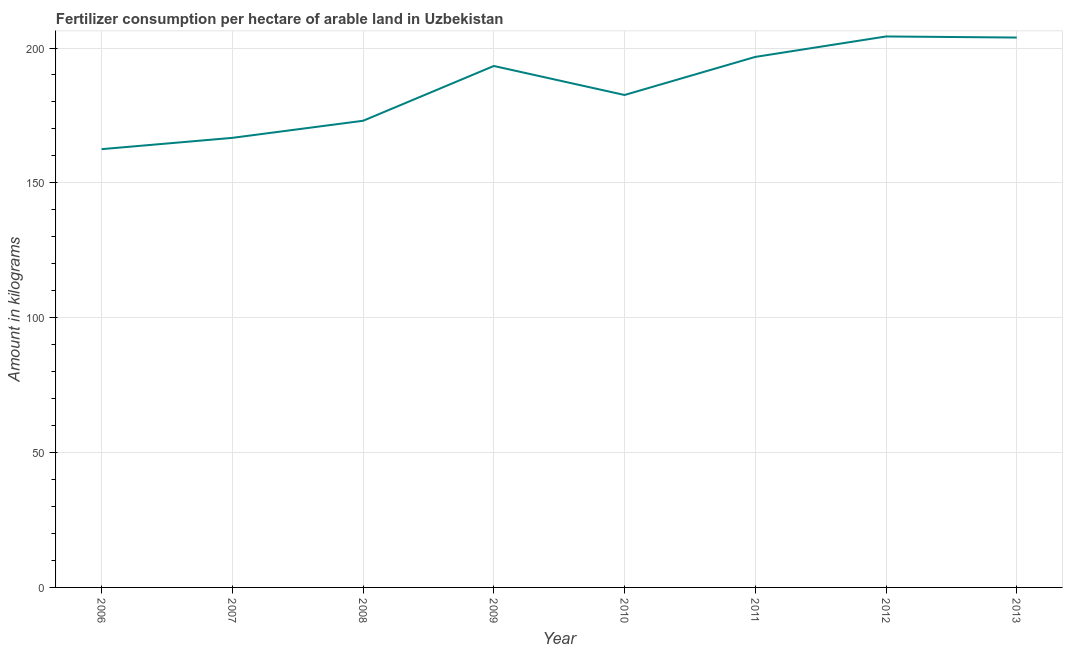
| Year | Fertilizer consumption |
 | --- | --- |
 | 2006 | 162 |
 | 2007 | 167 |
 | 2008 | 173 |
 | 2009 | 193 |
 | 2010 | 183 |
 | 2011 | 197 |
 | 2012 | 204 |
 | 2013 | 204 |